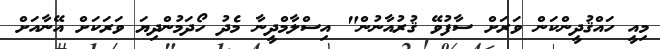
މިއީ ހައްޤުދީންކަން ވަރަށް ސާފުވޭ ޤުރުއާނުން" އިސްލާމްދީނާ މެދު ހޯދަމުންދިޔަ ވަރަކަށް އޭނާއަށް